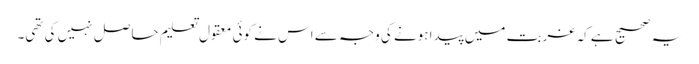
یہ صحیح ہے کہ غربت میں پیدا ہونے کی وجہ سے اس نے کوئی معقول تعلیم حاصل نہیں کی تھی۔